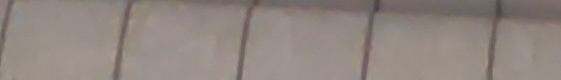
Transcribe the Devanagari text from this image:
भयो